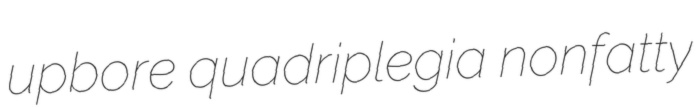
upbore quadriplegia nonfatty